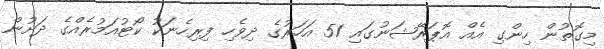
މިގޮތުން ހިންގި އެއް އޮޕަރޭޝަނުގައި 51 އަހަރުގެ ދިވެހި ފިރިހެނަކު ކޯޓުއަމުރެއްގެ ދަށުން